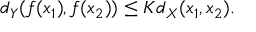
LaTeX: d _ { Y } ( f ( x _ { 1 } ) , f ( x _ { 2 } ) ) \leq K d _ { X } ( x _ { 1 } , x _ { 2 } ) .